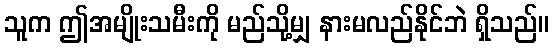
သူက ဤအမျိုးသမီးကို မည်သို့မျှ နားမလည်နိုင်ဘဲ ရှိသည်။